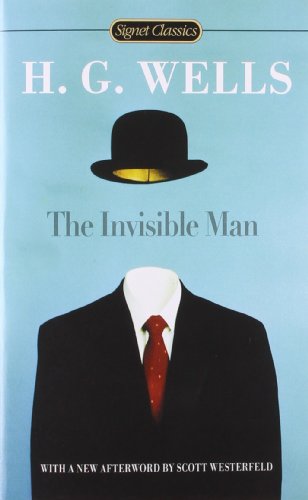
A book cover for The Invisible Man (Signet Classics); H.G. Wells; Teen & Young Adult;